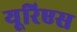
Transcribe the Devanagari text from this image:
यूरिएस